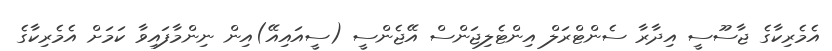
އެމެރިކާގެ ޖާސޫސީ އިދާރާ ސެންޓްރަލް އިންޓެލިޖަންސް އޭޖެންސީ (ސީއައިއޭ)އިން ނިންމާފައިވާ ކަމަށް އެމެރިކާގެ